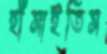
হাঁসাইতিস